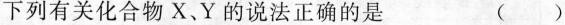
下列有关化合物X、Y的说法正确的是 ()